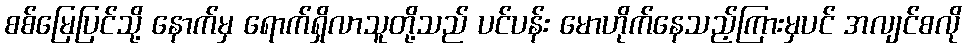
စစ်မြေပြင်သို့ နောက်မှ ရောက်ရှိလာသူတို့သည် ပင်ပန်း မောဟိုက်နေသည့်ကြားမှပင် အလျင်စလို